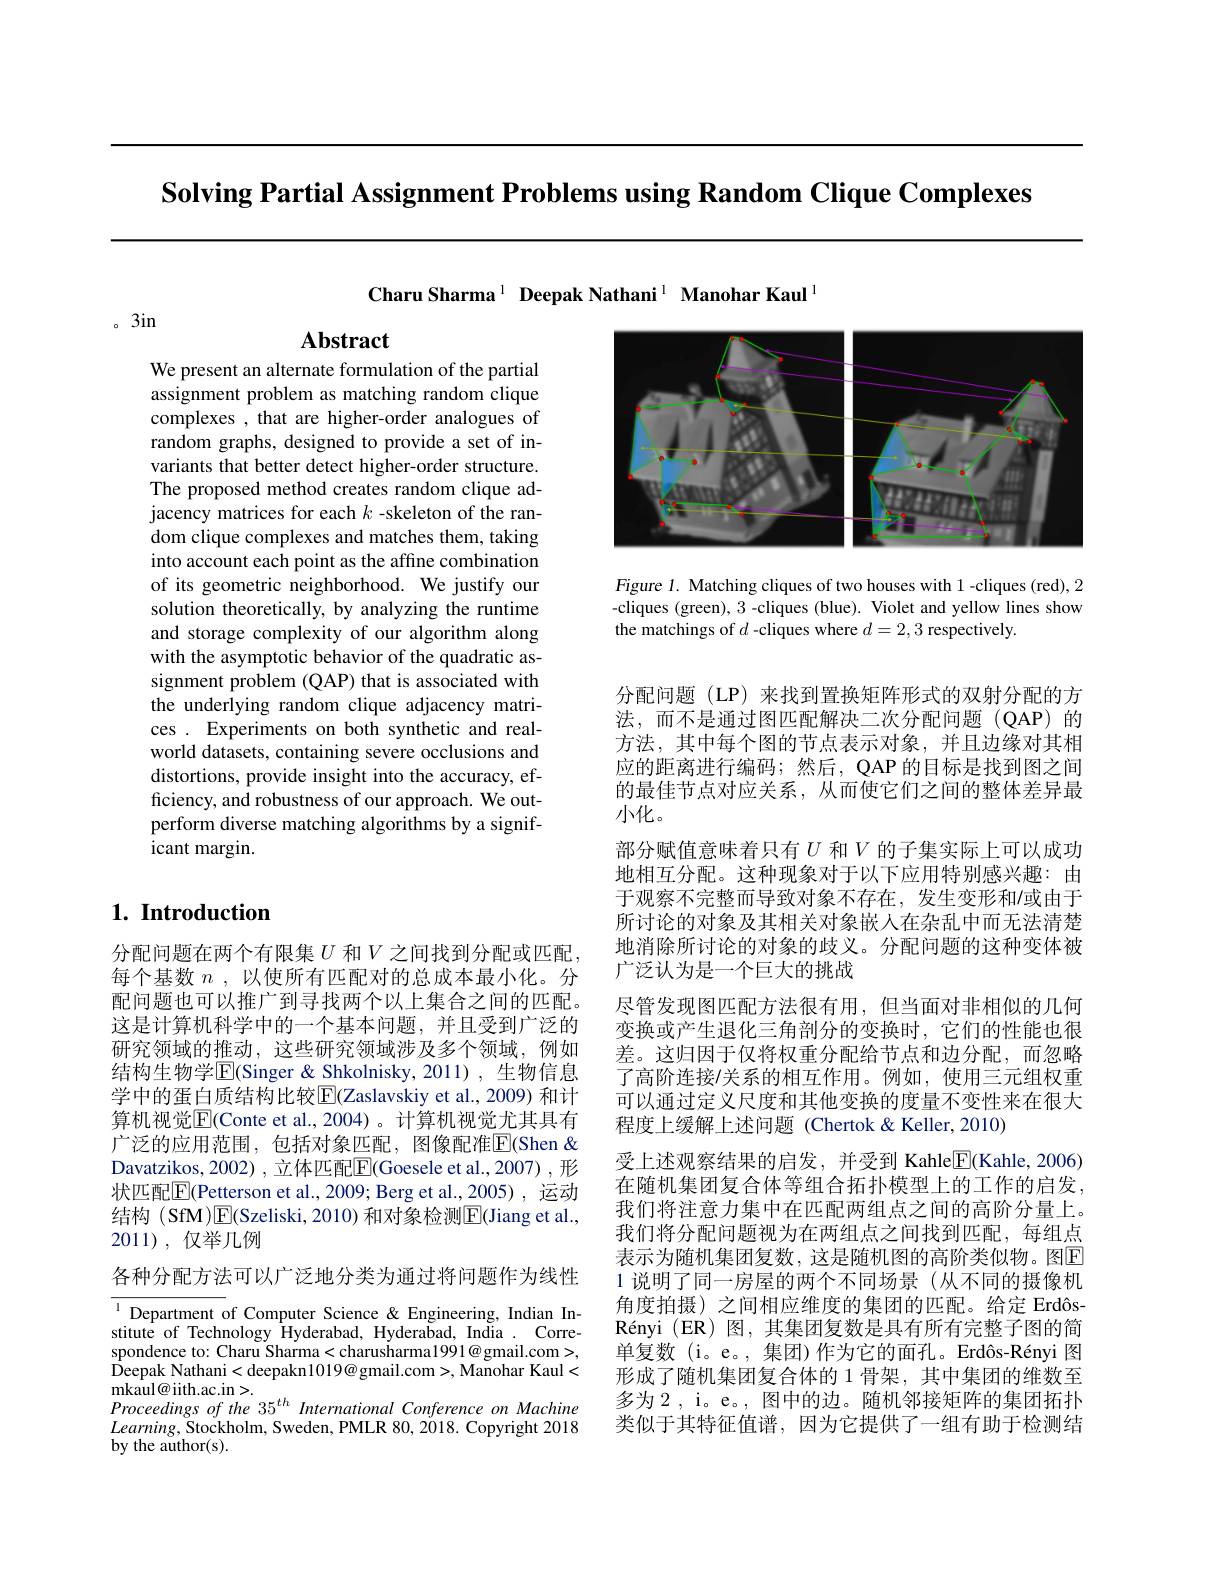
Solving Partial Assignment Problems using Random Clique Complexes

Charu Sharma$^{1}$ Deepak Nathani$^{1}$ Manohar Kaul

。3in

$\mathbf{Abstract}$

We present an alternate formulation of the partial assignment problem as matching random clique complexes , that are higher-order analogues of random graphs, designed to provide a set of invariants that better detect higher-order structure. The proposed method creates random clique adjacency matrices for each $k$ -skeleton of the random clique complexes and matches them, taking into account each point as the affine combination of its geometric neighborhood. We justify our solution theoretically, by analyzing the runtime and storage complexity of our algorithm along with the asymptotic behavior of the quadratic assignment problem (QAP) that is associated with the underlying random clique adjacency matrices . Experiments on both synthetic and realworld datasets, containing severe occlusions and distortions, provide insight into the accuracy, efficiency, and robustness of our approach. We outperform diverse matching algorithms by a significant margin.

# 1. Introduction

分配问题在两个有限集$U$和$V$之间找到分配或匹配， 每个基数 $n$ , 以使所有匹配对的总成本最小化。分配问题也可以推广到寻找两个以上集合之间的匹配。这是计算机科学中的一个基本问题，并且受到广泛的研究领域的推动，这些研究领域涉及多个领域，例如结构生物学$\boxed{\mathrm{E}}($Singer& Shkolnisky,2011), 生物信息学中的蛋白质结构比较$\overline{\mathbb{F}}($Zaslavskiy et al., 2009) 和计算机视觉$\overline{\mathrm{E}}($Conte et al.,2004)。计算机视觉尤其具有广泛的应用范围，包括对象匹配，图像配准$\boxed{\mathrm{F}}$(Shen & Davatzikos,2002),立体匹配$\mathbb{E}($Goesele et al.,2007),形状匹配$\boxed{\mathrm{F}}($Petterson et al.,2009; Berg et al.,2005), 运动结构 (SfM)$\operatorname{E}($Szeliski, 2010) 和对象检测$\operatorname{E}($Jiang et al., 2011) , 仅举几例

各种分配方法可以广泛地分类为通过将问题作为线性

${\overline{{^{1}\text{Department of Computer Science }\&}}}$Engineering, Indian Institute of Technology Hyderabad, Hyderabad, India . Correspondence to: Charu Sharma<charusharma1991@gmail.com>, Deepak Nathani<deepakn1019@gmail.com>,Manohar Kaul< $\dot{\text{mkaul@iith.ac.in>}}.$
$Proceedingsofthe35^{th}InternationalConferenceonMachine$ $Learning$,Stockholm, Sweden, PMLR 80, 2018. Copyright 2018 ${\mathrm{by~the~author(s).}}$

<FigureHere>

Figure 1. Matching cliques of two houses with 1-cliques (red),2 -cliques (green), 3 -cliques (blue). Violet and yellow lines show the matchings of $d$ -cliques where $d=2,3$ respectively.

分配问题(LP)来找到置换矩阵形式的双射分配的方法，而不是通过图匹配解决二次分配问题(QAP)的方法，其中每个图的节点表示对象，并且边缘对其相应的距离进行编码；然后，QAP 的目标是找到图之间的最佳节点对应关系，从而使它们之间的整体差异最小化。
部分赋值意味着只有$U$和$V$的子集实际上可以成功地相互分配。这种现象对于以下应用特别感兴趣：由于观察不完整而导致对象不存在，发生变形和/或由于所讨论的对象及其相关对象嵌人在杂乱中而无法清楚地消除所讨论的对象的歧义。分配问题的这种变体被广泛认为是一个巨大的挑战
尽管发现图匹配方法很有用，但当面对非相似的几何变换或产生退化三角剖分的变换时，它们的性能也很差。这归因于仅将权重分配给节点和边分配，而忽略了高阶连接$\prime$关系的相互作用。例如，使用三元组权重可以通过定义尺度和其他变换的度量不变性来在很大程度上缓解上述问题(Chertok&Keller,2010)
受上述观察结果的启发，并受到 Kahle$\underline{\mathrm{E}}($Kahle,2006) 在随机集团复合体等组合拓扑模型上的工作的启发， 我们将注意力集中在匹配两组点之间的高阶分量上。我们将分配问题视为在两组点之间找到匹配，每组点表示为随机集团复数，这是随机图的高阶类似物。图$\overline{\mathrm{E}}$ 1 说明了同一房屋的两个不同场景(从不同的摄像机角度拍摄)之间相应维度的集团的匹配。给定 ErdôsRényi (ER) 图，其集团复数是具有所有完整子图的简单复数(i。e。, 集团)作为它的面孔。Erdôs-Rényi 图形成了随机集团复合体的 1 骨架，其中集团的维数至多为2，i。e。, 图中的边。随机邻接矩阵的集团拓扑类似于其特征值谱，因为它提供了一组有助于检测结